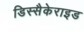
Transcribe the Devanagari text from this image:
डिस्सैकेराइड